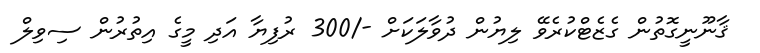
ޤާނޫނީގޮތުން ގެޒެޓްކުރެވޭ ލިޔުން ދުވާލަކަށް -/300 ރުފިޔާ އަދި މީގެ އިތުރުން ސިވިލް